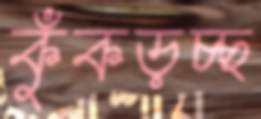
কুঁকড়চ্ছ